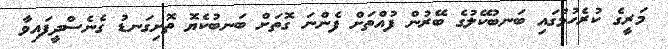
މަރީގެ ކުރެހުމުގައި ބަނބުކޭލުގެ ބޭރުން ފުއްތަށް ފެންނަ ގޮތަށް ބަނބުކެޔޮ ތޮށިގަނޑު ގެނެސްދީފައިވާ